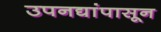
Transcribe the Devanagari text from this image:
उपनद्यांपासून